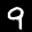
Label: 9